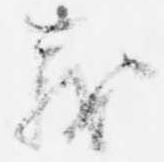
義